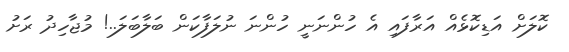
ކޮލަށް އަޑިކޮޅެއް އަރާފައި އެ ހުންނަނީ ހުންނަ ނުލަފާކަން ބަލާބަލަ..! މުޖާހިދު ރަށު